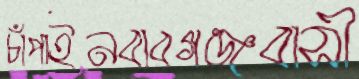
চাঁপাইনবাবগঞ্জবাসী